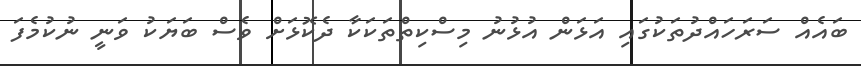
ބައެއް ސަރަހައްދުތަކުގައި އަޅަން އުޅުނު މިސްކިތްތަކަކާ ދެކޮޅަށް ވެސް ބަޔަކު ވަނީ ނުކުމެފަ